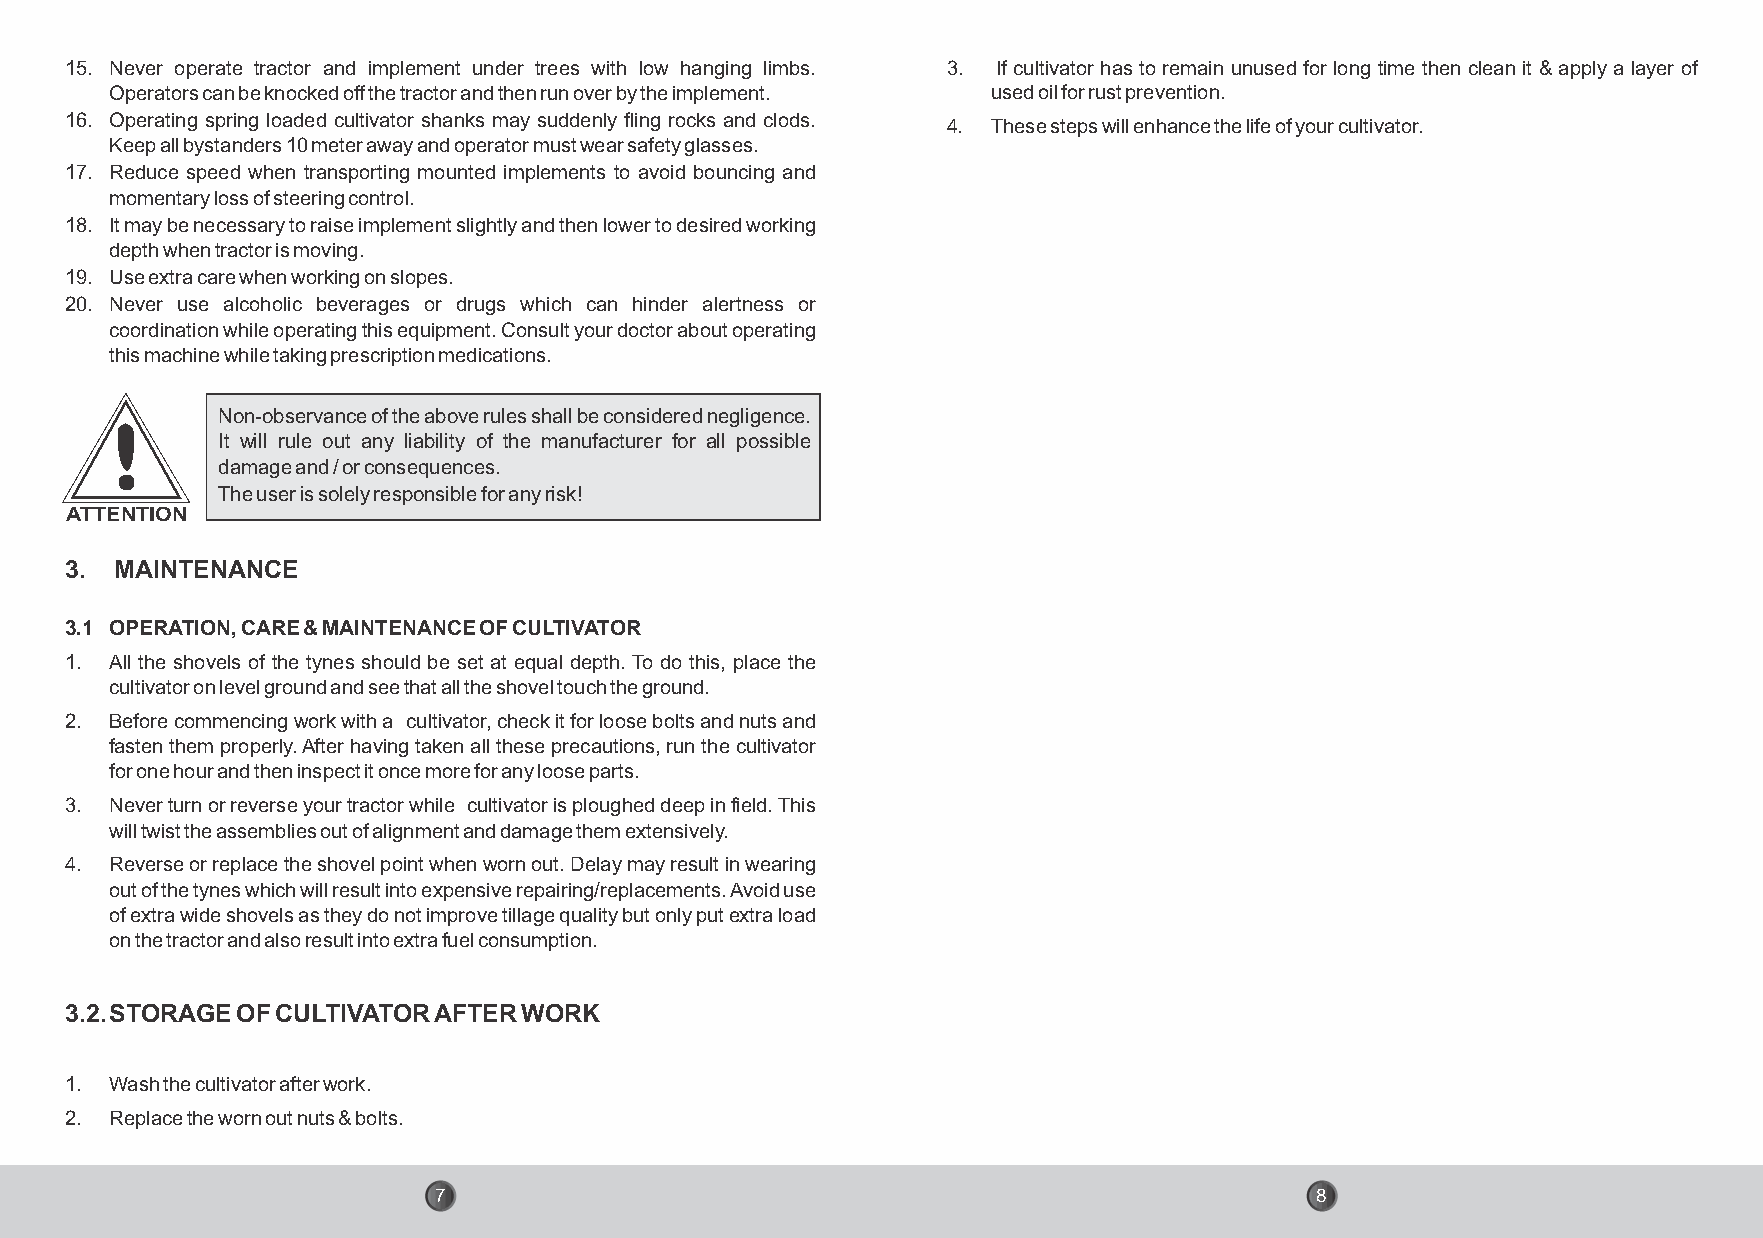
15. Never operate tractor and implement under trees with low hanging limbs. 3. If cultivator has to remain unused for long time then clean it & apply a layer of
 Operators can be knocked off the tractor and then run over by the implement. used oil for rust prevention.
 16. Operating spring loaded cultivator shanks may suddenly fling rocks and clods.
 4. These steps will enhance the life of your cultivator.
 Keep all bystanders 10 meter away and operator must wear safety glasses.
 17. Reduce speed when transporting mounted implements to avoid bouncing and
 momentary loss of steering control.
 18. It may be necessary to raise implement slightly and then lower to desired working
 depth when tractor is moving.
 19. Use extra care when working on slopes.
 20. Never use alcoholic beverages or drugs which can hinder alertness or
 coordination while operating this equipment. Consult your doctor about operating
 this machine while taking prescription medications.
 Non-observance of the above rules shall be considered negligence.
 It will rule out any liability of the manufacturer for all possible
 damage and / or consequences.
 The user is solely responsible for any risk!
 ATTENTION
 3.  MAINTENANCE
 3.1 OPERATION, CARE & MAINTENANCE OF CULTIVATOR
 1. All the shovels of the tynes should be set at equal depth. To do this, place the
 cultivator on level ground and see that all the shovel touch the ground.
 2. Before commencing work with a cultivator, check it for loose bolts and nuts and
 fasten them properly. After having taken all these precautions, run the cultivator
 for one hour and then inspect it once more for any loose parts.
 3. Never turn or reverse your tractor while cultivator is ploughed deep in field. This
 will twist the assemblies out of alignment and damage them extensively.
 4. Reverse or replace the shovel point when worn out. Delay may result in wearing
 out of the tynes which will result into expensive repairing/replacements. Avoid use
 of extra wide shovels as they do not improve tillage quality but only put extra load
 on the tractor and also result into extra fuel consumption.
 3.2. STORAGE OF CULTIVATOR AFTER WORK
 1. Wash the cultivator after work.
 2. Replace the worn out nuts & bolts.
 7                                                         8